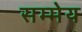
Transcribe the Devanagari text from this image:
सम्मेय